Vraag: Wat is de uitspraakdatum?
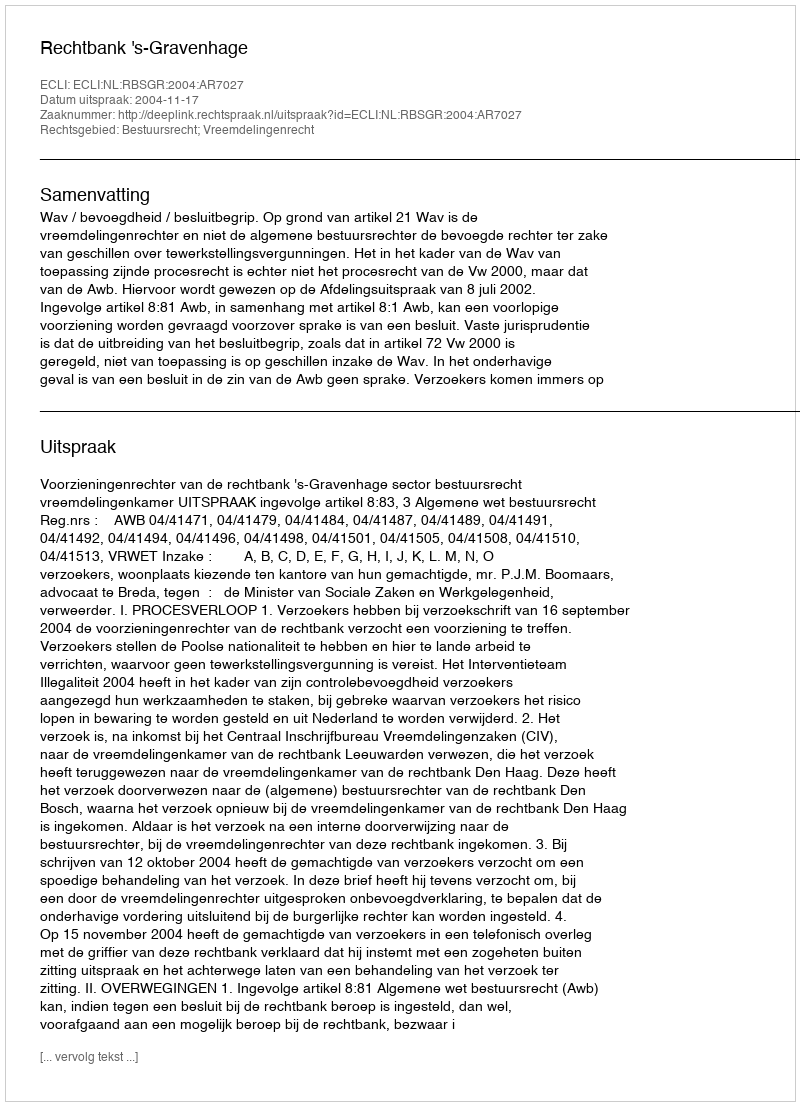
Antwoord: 2004-11-17